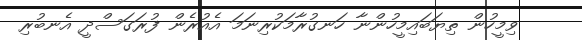
ވިމީހުން ތިޔަބައިމީހުންނާ ހަނގުރާމަކުރިނަމަ އެއުރެން ފުރަގަސްދީ އެނބުރި